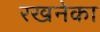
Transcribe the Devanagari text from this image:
रखनेका